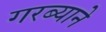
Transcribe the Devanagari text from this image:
गरब्याने